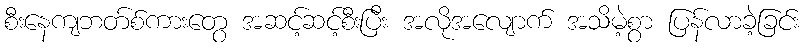
စီးနေကျဘတ်စ်ကားတွေ အဆင့်ဆင့်စီးပြီး အလိုအလျောက် အသိမဲ့စွာ ပြန်လာခဲ့ခြင်း